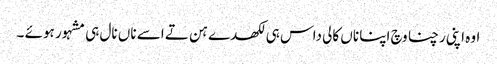
اوہ اپنی رچنا وچ اپنا ناں کالی داس ہی لکھدے ہن تے اسے ناں نال ہی مشہور ہوئے ۔